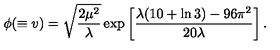
\phi ( \equiv v ) = \sqrt { \frac { 2 \mu ^ { 2 } } { \lambda } } \exp \left[ \frac { \lambda ( 1 0 + \ln 3 ) - 9 6 \pi ^ { 2 } } { 2 0 \lambda } \right] .